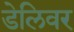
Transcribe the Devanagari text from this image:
डेलिवर